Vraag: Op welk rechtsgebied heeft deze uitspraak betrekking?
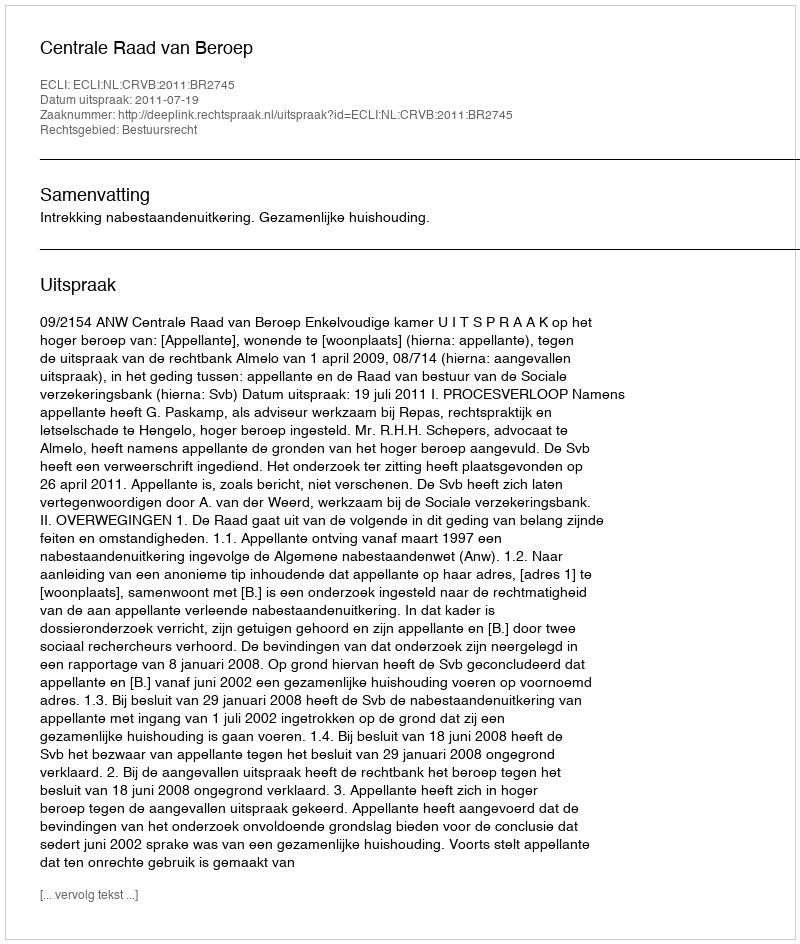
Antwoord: Bestuursrecht